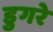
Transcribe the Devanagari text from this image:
डुगरे